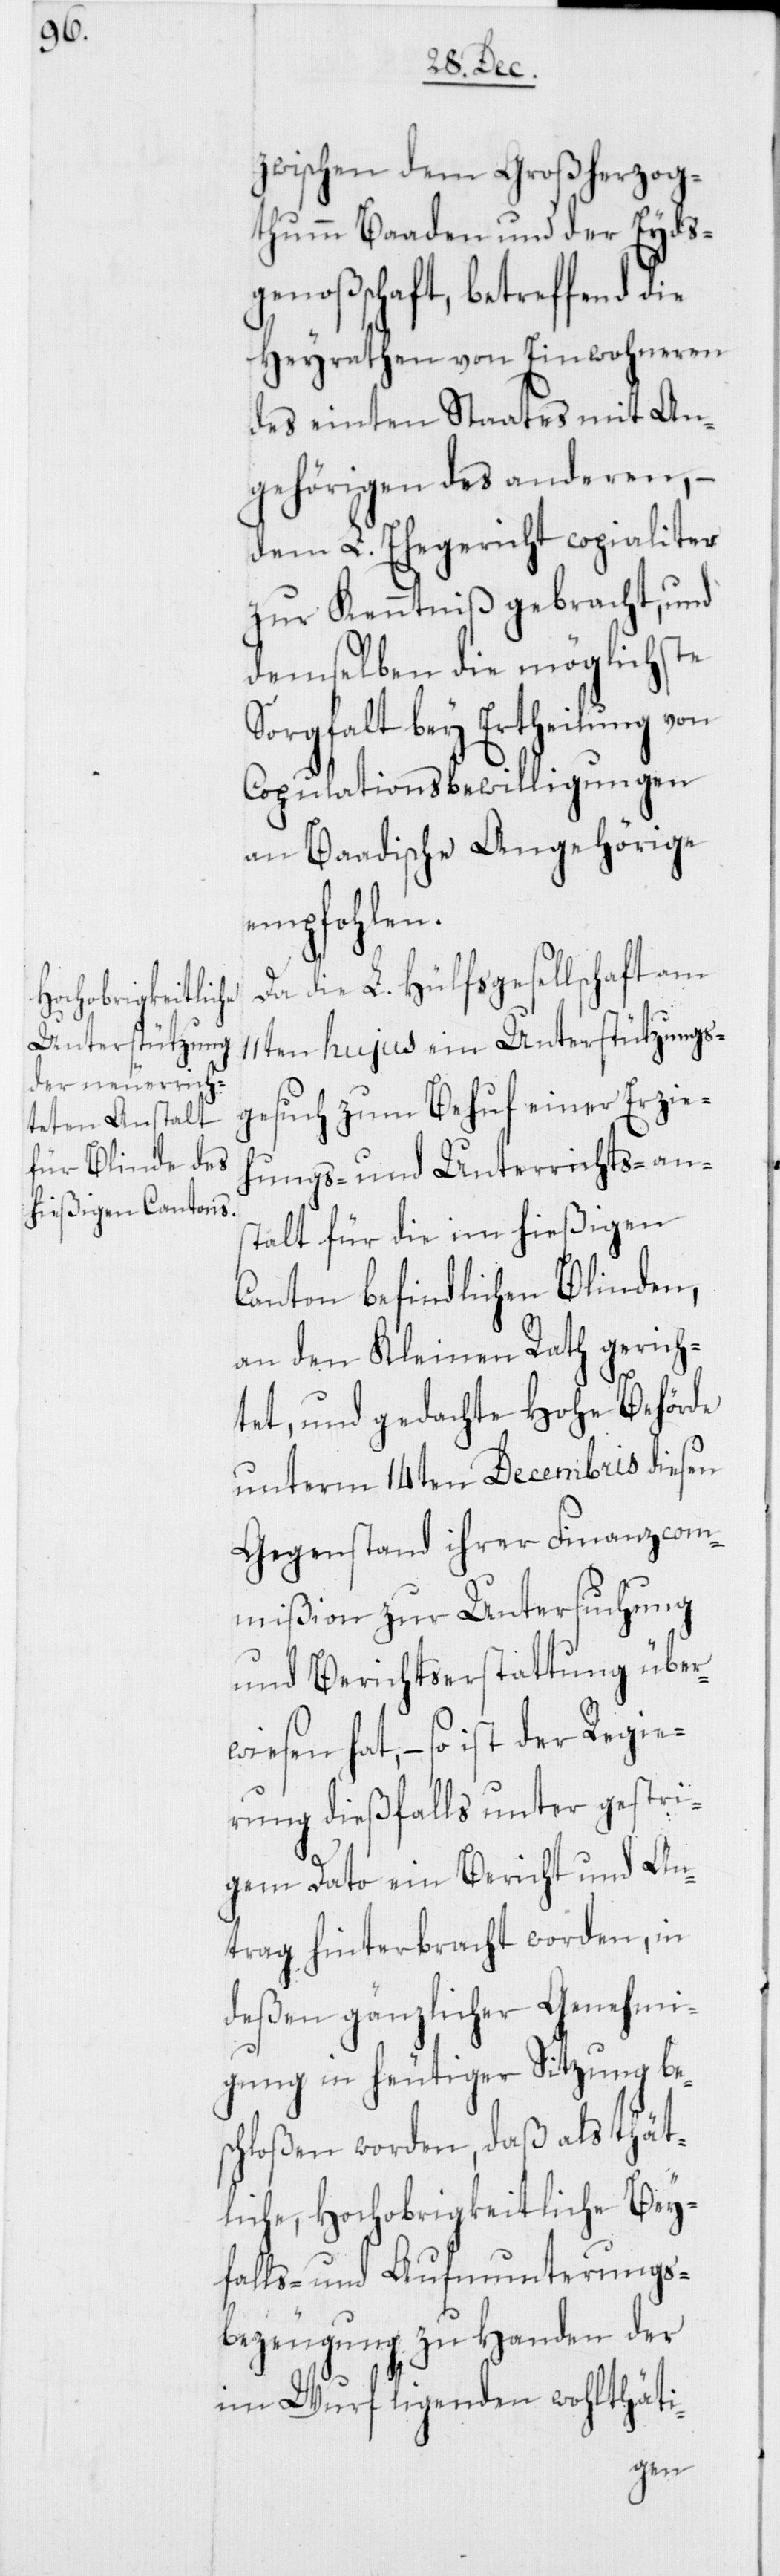
zwischen dem Großherzog¬
thumm Baaden und der Eyds¬
genoßenschaft, betreffend die
Heyrathen von Einwohneren
des einten Staates mit An¬
gehörigen des anderen, –
dem L. Ehegericht copialiter
zur Kenntniß gebracht, und
demselben die möglichste
Sorgfalt bey Ertheilung von
Copulationsbewilligungen
an Baadische Angehörige
empfohlen.
Da die L. Hülfsgesellschaft am
11ten hujus ein Unterstützungs¬
gesuch zum Behuf einer Erzie¬
hungs- und Unterrichtsan¬
stalt für die im hießigen
Canton befindlichen Blinden,
an den Kleinen Rath gerich¬
tet, und gedachte Hohe Behörde
unterm 14ten Decembris diesen
Gegenstand ihrer Finanzcom¬
mißion zur Untersuchung
und Berichtserstattung über¬
wiesen hat, – so ist der Regie¬
rung dießfalls unter gestri¬
gem Dato ein Bericht und An¬
trag hinterbracht worden, in
deßen gänzlicher Genehmi¬
gung in heutiger Sitzung be¬
schloßen worden, daß als thät¬
liche, Hochobrigkeitliche Bey¬
falls- und Aufmunterungs¬
bezeugung zu Handen der
im Wurf ligenden wohlthäti-